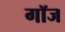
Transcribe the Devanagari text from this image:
गॉज